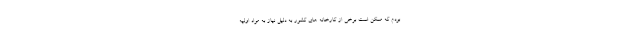
بودم که ممکن است برخی از کارخانه های کشور به دلیل نیاز به مواد اولیه